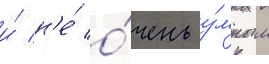
и́ н'е́ о́чень у́мным